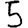
Digit: 5